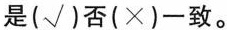
是(√)否(×)一致.